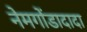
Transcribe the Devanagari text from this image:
नेमगोंडादादा